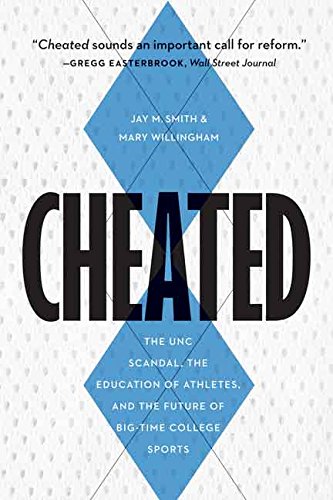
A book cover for Cheated: The UNC Scandal, the Education of Athletes, and the Future of Big-Time College Sports; Jay M Smith; Business & Money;